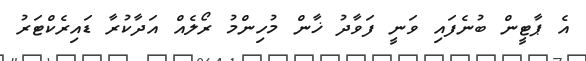
އެ ޕާޓީން ބުނެފައި ވަނީ ފަވާދު ޚާން މުހިންމު ރޯލެއް އަދާކުރާ ޑައިރެކްޓަރު